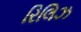
રિલિઝ